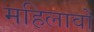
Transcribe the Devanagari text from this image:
महिलावों